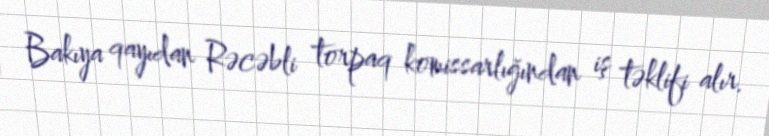
Bakıya qayıdan Rəcəbli torpaq komissarlığından iş təklifi alır.